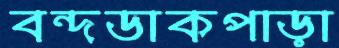
বন্দডাকপাড়া